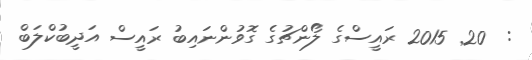
:  20